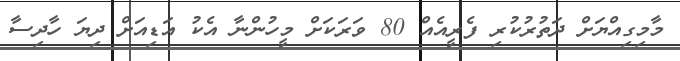
މާމިގިއްޔަށް ދަތުރުކުރި ފެރީއެއް 80 ވަރަކަށް މީހުންނާ އެކު އަޑިއަށް ދިޔަ ހާދިސާ